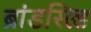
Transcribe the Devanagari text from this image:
ब्रांडस्ल्डि